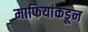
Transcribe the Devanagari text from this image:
माफियांकडून